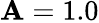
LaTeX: \mathbf{A}=1.0